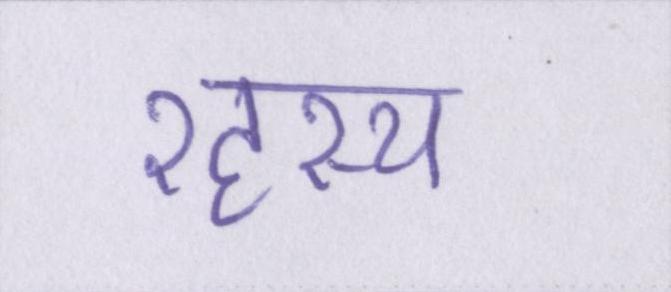
रहस्य